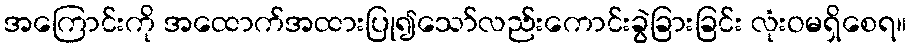
အကြောင်းကို အထောက်အထားပြု၍သော်လည်းကောင်းခွဲခြားခြင်း လုံးဝမရှိစေရ။